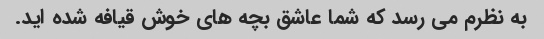
به نظرم می رسد که شما عاشق بچه های خوش قیافه شده اید.